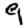
Digit: 9